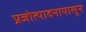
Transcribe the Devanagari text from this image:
प्रजोत्पादनापासून